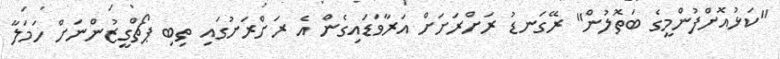
"ކަޅުއޮށްފުންމީގެ ބަތޮލުން" ރޭގަނޑު ރަށްރަށަށް އަރާވަޑައިގެން އެ ރަށްރަށުގައި ތިބި ޕޯޗްގީޒުންނަށް ހަމަލާ